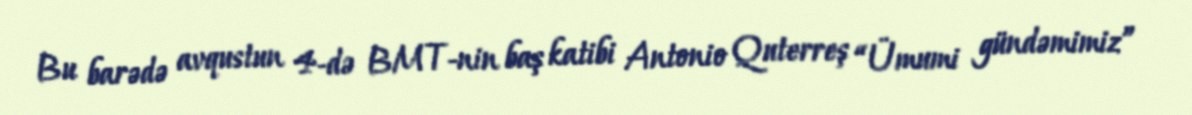
Bu barədə avqustun 4-də BMT-nin baş katibi Antonio Quterreş “Ümumi gündəmimiz”